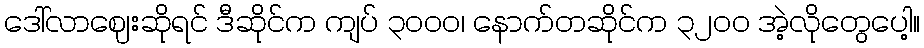
ဒေါ်လာဈေးဆိုရင် ဒီဆိုင်က ကျပ် ၃၀၀၀၊ နောက်တဆိုင်က ၃၂၀၀ အဲ့လိုတွေပေါ့။